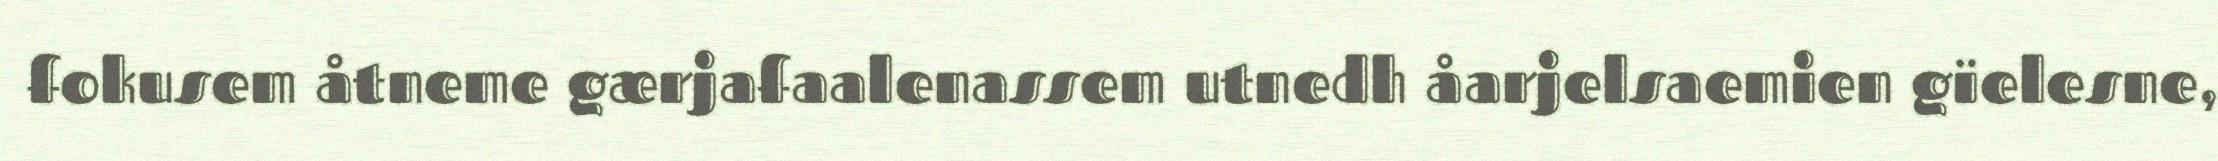
fokusem åtneme gærjafaalenassem utnedh åarjelsaemien gïelesne,